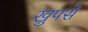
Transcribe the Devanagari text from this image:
खुपसे